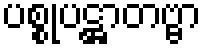
ပစ္စုပဋ္ဌာတဗ္ဗာ